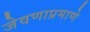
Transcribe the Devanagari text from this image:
जेवणाप्रमाणे